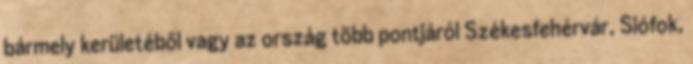
bármely kerületéből vagy az ország több pontjáról Székesfehérvár, Siófok,